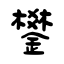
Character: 鐢